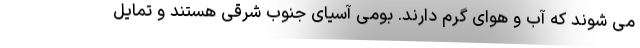
می شوند که آب و هوای گرم دارند. بومی آسیای جنوب شرقی هستند و تمایل